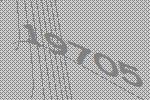
19705